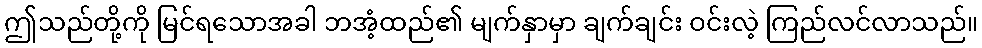
ဤသည်တို့ကို မြင်ရသောအခါ ဘအံ့ထည်၏ မျက်နှာမှာ ချက်ချင်း ဝင်းလဲ့ ကြည်လင်လာသည်။